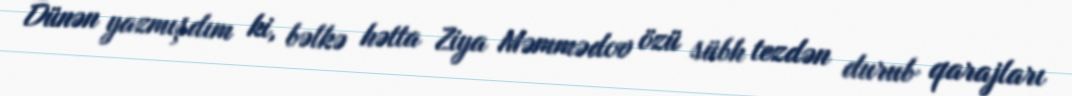
Dünən yazmışdım ki, bəlkə hətta Ziya Məmmədov özü sübh tezdən durub qarajları